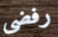
رفضي